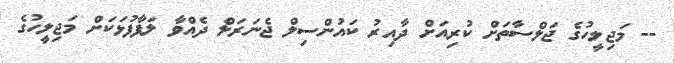
-- މަޖިލީހުގެ ޖަލްސާތަށް ކުރިއަށް ދާއިރު ކައުންސިލް ޖެނަރަލް ދެއްވާ ލަފާފުޅަކަށް މަޖިލީހުގެ